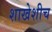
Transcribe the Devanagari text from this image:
शाखेशीच